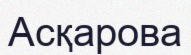
Асқарова